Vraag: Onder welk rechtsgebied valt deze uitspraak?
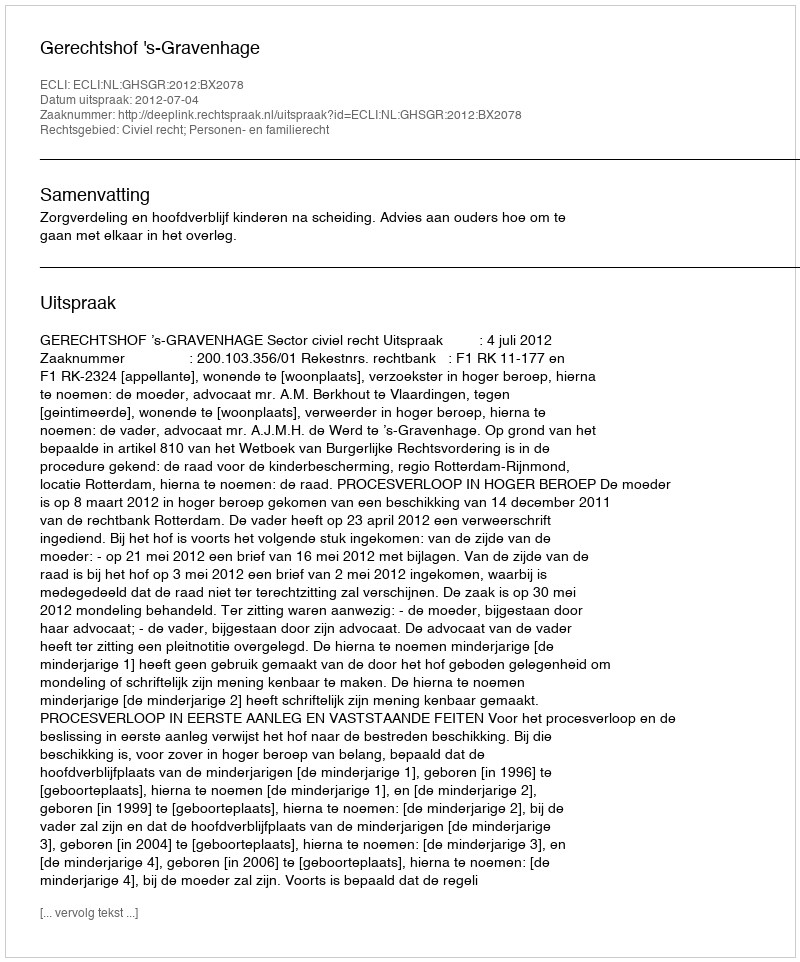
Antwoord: Civiel recht; Personen- en familierecht